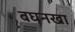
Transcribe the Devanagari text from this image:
बघनखा